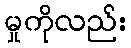
မှုကိုလည်း